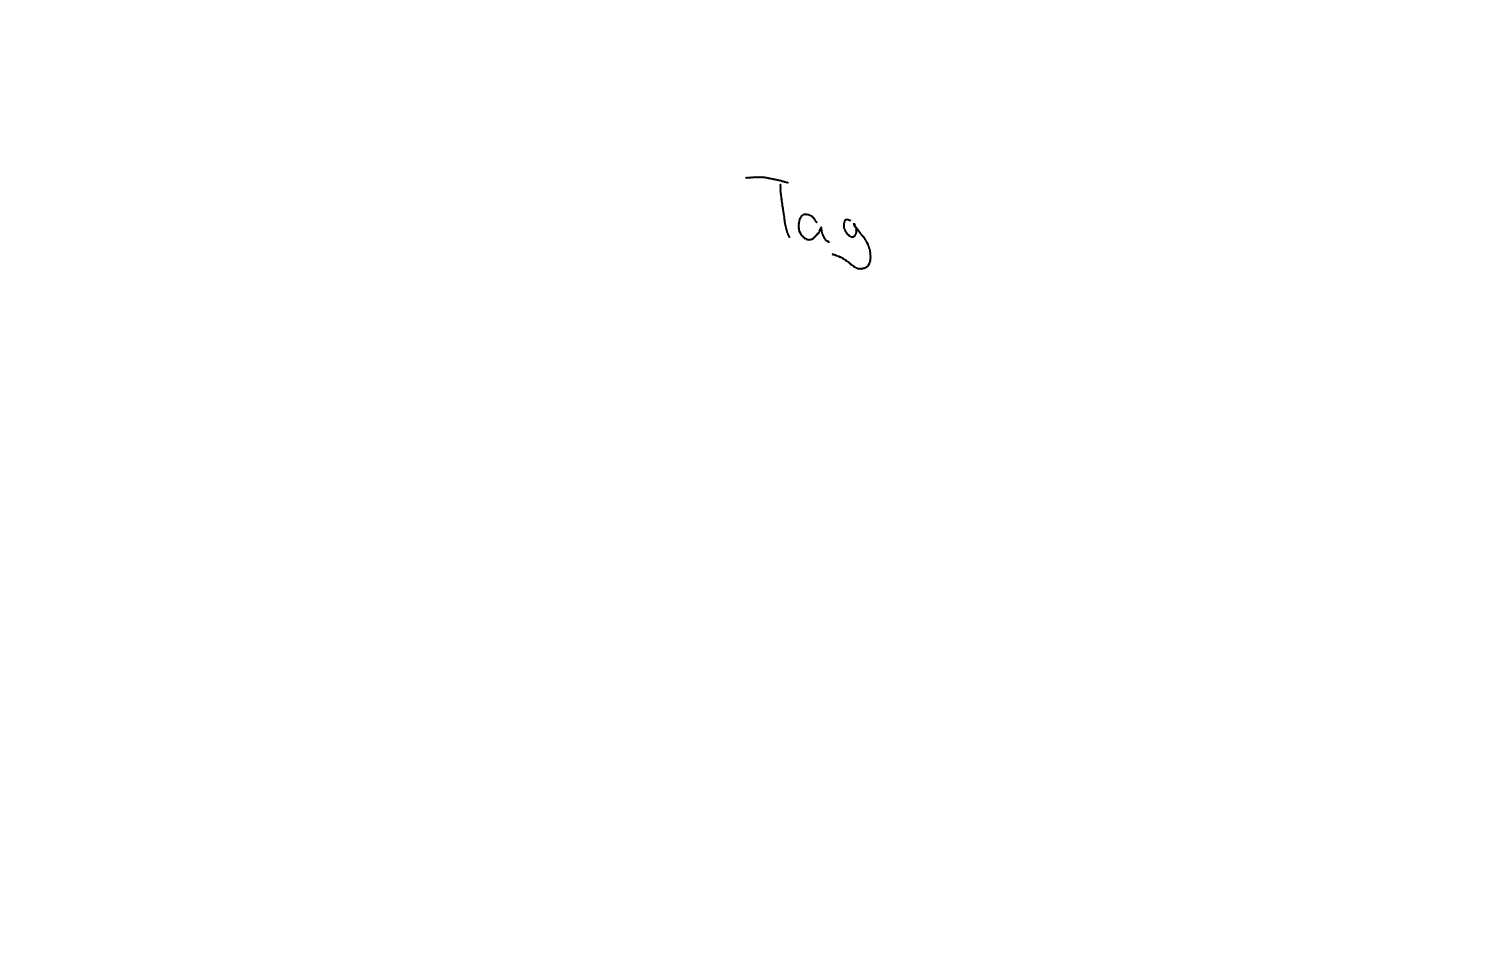
Text: Tag